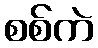
စစ်ကဲ